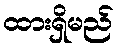
ထားရှိမည်